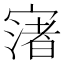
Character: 𡪦